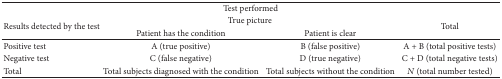
| <COLSPAN=4> Test performed |
 | <ROWSPAN=2> Results detected by the test | <COLSPAN=2> True picture | <ROWSPAN=2> Total |
 | Patient has the condition | Patient is clear |
 | --- | --- | --- | --- |
 | Positive test | A (true positive) | B (false positive) | A + B (total positive tests) |
 | Negative test | C (false negative) | D (true negative) | C + D (total negative tests) |
 | Total | Total subjects diagnosed with the condition | Total subjects without the condition | N (total number tested) |